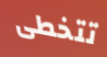
تتخطى